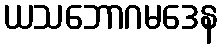
ယသဘောဂမဒေန